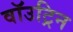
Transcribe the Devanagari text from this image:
वॉउट्रिन